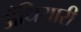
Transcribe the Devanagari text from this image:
अँधियारी